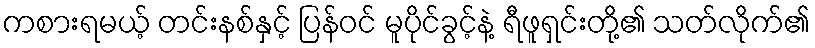
ကစားရမယ့် တင်းနစ်နှင့် ပြန်ဝင် မူပိုင်ခွင့်နဲ့ ရီဖူရှင်းတို့၏ သတ်လိုက်၏